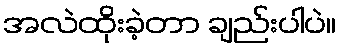
အလဲထိုးခဲ့တာ ချည်းပါပဲ။